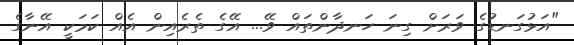
"އަޅުގަނޑުގެ ވަރަށް ގިނަ ހަނދާންތައް ވޭ... އޭގެ ތެރެއިން އެއް ކަމަކީ އޭނާގެ